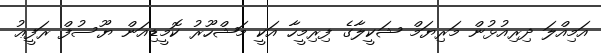
އަމިއްލަ ދިރިއުޅުން މަރިޔަމް ޝަކީލާގެ ފިރިމީހާ އަކީ މަޝްހޫރު ކޮމީޑިއަން ޔޫސުފް ރަފީޢު